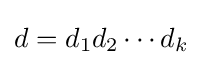
d=d_{1}d_{2}\cdots d_{k}